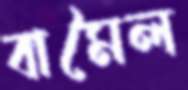
বামৈল